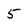
Character: 5